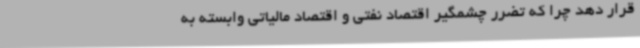
قرار دهد چرا که تضرر چشمگیر اقتصاد نفتی و اقتصاد مالیاتی وابسته به